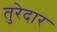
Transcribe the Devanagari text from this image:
तुरेदार